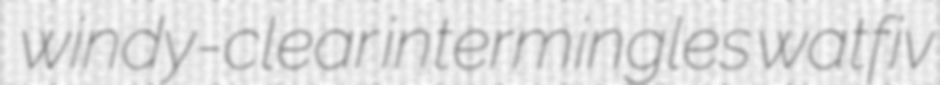
windy-clear intermingles watfiv